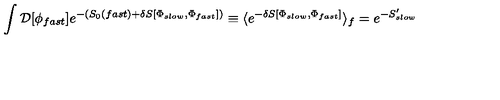
\int { \cal D } [ \phi _ { f a s t } ] e ^ { - ( S _ { 0 } ( f a s t ) + \delta S [ \Phi _ { s l o w } , \Phi _ { f a s t } ] ) } \equiv \langle e ^ { - \delta S [ \Phi _ { s l o w } , \Phi _ { f a s t } ] } \rangle _ { f } = e ^ { - S _ { s l o w } ^ { \prime } }